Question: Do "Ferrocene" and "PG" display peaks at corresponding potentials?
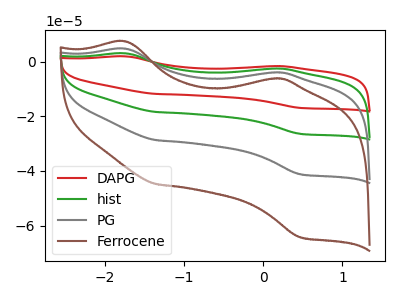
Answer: <think>The red curve "DAPG" has anodic peaks at (-1.75V, 14.25uA) (0.10V, -11.85uA) and cathodic peaks at (-1.35V, -86.25uA) (0.45V, -123.60uA). The green curve "hist" has anodic peaks at (-1.75V, 9.50uA) (0.10V, -7.90uA) and cathodic peaks at (-1.35V, -57.50uA) (0.45V, -82.40uA). The gray curve "PG" has anodic peaks at (-1.75V, 4.75uA) (0.10V, -3.95uA) and cathodic peaks at (-1.35V, -28.75uA) (0.45V, -41.20uA). The brown curve "Ferrocene" has anodic peaks at (-1.75V, 7.40uA) (0.10V, -6.15uA) and cathodic peaks at (-1.35V, -44.85uA) (0.45V, -64.30uA).</think>
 <answer>Yes, "Ferrocene" have a peak in "PG" at the same potential.</answer>
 <eval>match</eval>